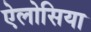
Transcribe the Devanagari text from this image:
ऐलोसिया